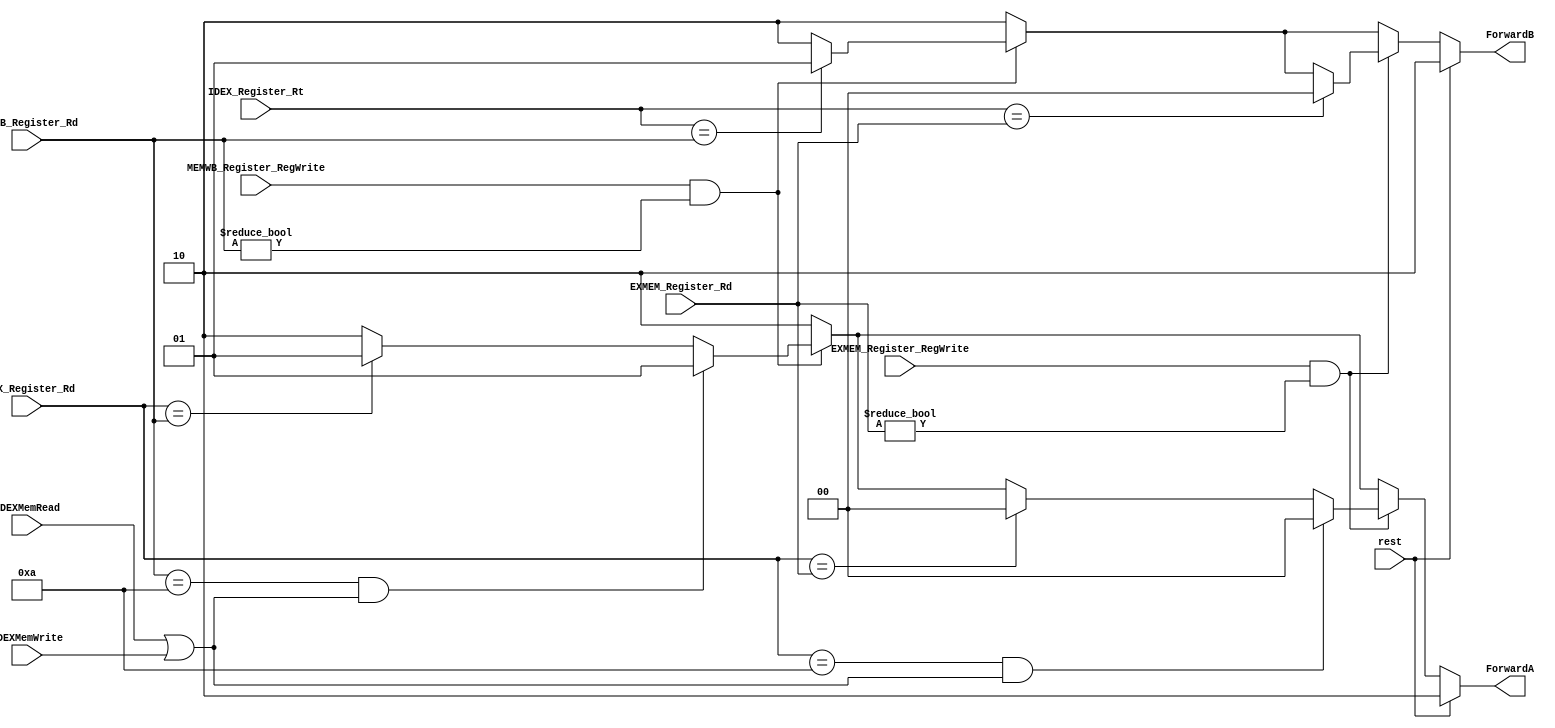
module Forwarding(rest , IDEX_Register_Rd , IDEX_Register_Rt , EXMEM_Register_Rd , EXMEM_Register_RegWrite , MEMWB_Register_Rd , MEMWB_Register_RegWrite ,IDEXMemRead , IDEXMemWrite, ForwardA , ForwardB);
	input rest , MEMWB_Register_RegWrite , EXMEM_Register_RegWrite ,IDEXMemRead , IDEXMemWrite;
	input [3:0] IDEX_Register_Rd , IDEX_Register_Rt , EXMEM_Register_Rd , MEMWB_Register_Rd ;
	output [1:0] ForwardA , ForwardB ;

	reg [1:0] ForwardA_Register , ForwardB_Register ;

	assign ForwardA= ForwardA_Register ;
	assign ForwardB= ForwardB_Register ;
	initial begin
		ForwardA_Register <= 2 ;
		ForwardB_Register <= 2 ;
	end

	always @(rest or MEMWB_Register_RegWrite or EXMEM_Register_RegWrite or IDEXMemRead or IDEXMemWrite or IDEX_Register_Rd or IDEX_Register_Rt or EXMEM_Register_Rd or MEMWB_Register_Rd) begin 
		ForwardA_Register <= 2 ;
		ForwardB_Register <= 2 ;
		if (rest) begin 
			ForwardA_Register <= 2 ;
			ForwardB_Register <= 2 ;

		end else begin 
			if (MEMWB_Register_RegWrite && MEMWB_Register_Rd != 0 ) begin 
				if (IDEX_Register_Rd == MEMWB_Register_Rd)
					ForwardA_Register <= 1 ;
				if (MEMWB_Register_Rd == 10 && (IDEXMemRead || IDEXMemWrite)) 
					ForwardA_Register <= 1 ;
				if (IDEX_Register_Rt == MEMWB_Register_Rd)
					ForwardB_Register <= 1 ;
			end
			if (EXMEM_Register_RegWrite && EXMEM_Register_Rd != 0 ) begin 
				if (IDEX_Register_Rd == EXMEM_Register_Rd)
					ForwardA_Register <= 0 ; 
				if (IDEX_Register_Rd == 10 && (IDEXMemRead || IDEXMemWrite)) 
					ForwardA_Register <= 0 ;
				if (IDEX_Register_Rt == EXMEM_Register_Rd)
					ForwardB_Register <= 0 ;
			end 	 
		end 
	end
endmodule